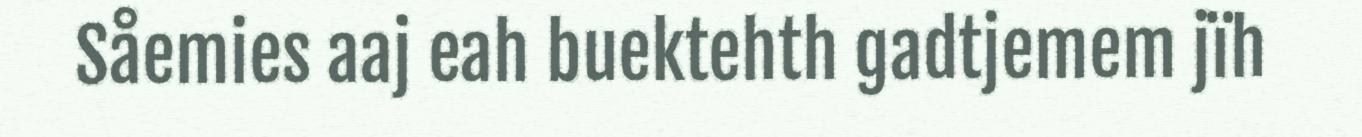
Såemies aaj eah buektehth gadtjemem jïh